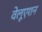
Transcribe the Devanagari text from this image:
वेलूएशन